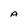
Character: A